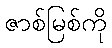
ဇာစ်မြစ်ကို